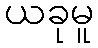
ယခုမူ